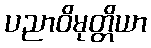
ပညာဝိမုတ္တိယာ